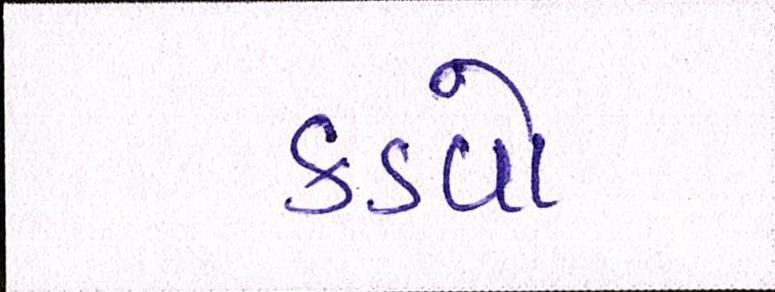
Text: કડવો